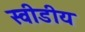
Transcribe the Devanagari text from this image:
स्वीडीय